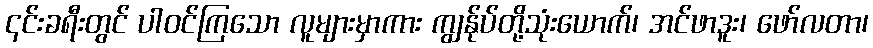
၎င်းခရီးတွင် ပါဝင်ကြသော လူများမှာကား ကျွန်ုပ်တို့သုံးယောက်၊ အင်ဖာဒူး၊ ဖော်လတာ၊